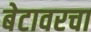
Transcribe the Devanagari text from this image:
बेटावरचा